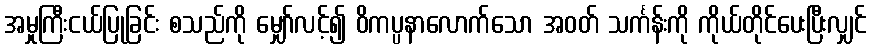
အမှုကြီးငယ်ပြုခြင်း စသည်ကို မျှော်လင့်၍ ဝိကပ္ပနာလောက်သော အဝတ် သင်္ကန်းကို ကိုယ်တိုင်ပေးပြီးလျှင်